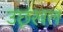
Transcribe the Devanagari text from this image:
उछृंखल